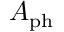
A _ { \mathrm { p h } }